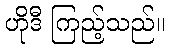
ဟိုဒီ ကြည့်သည်။